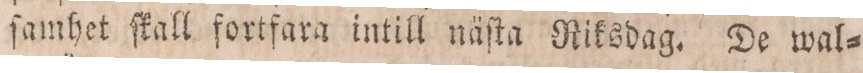
ſamhet ſkall fortfara intill näſta Riksdag. De wal=